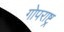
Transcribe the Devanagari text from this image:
गोपराष्ट्र